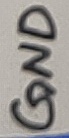
Text: GND